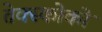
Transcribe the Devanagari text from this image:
तेक्स्कोको